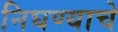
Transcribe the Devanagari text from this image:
निघण्याचे